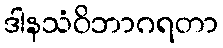
ဒါနသံဝိဘာဂရတာ